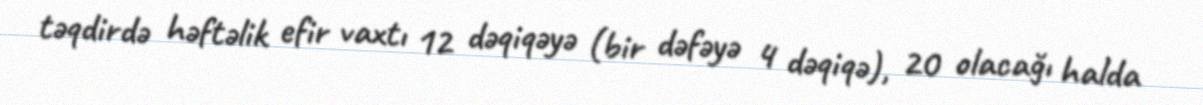
təqdirdə həftəlik efir vaxtı 12 dəqiqəyə (bir dəfəyə 4 dəqiqə), 20 olacağı halda